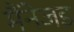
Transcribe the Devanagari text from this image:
मैंनेजड